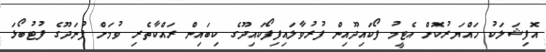
އޮފިޝަލަކު ހައްޔަރުކޮށް އެޓީމު ފޯކައިދޫއިން ފުރުވާލައިފިފޯކައިދޫގެ ކިބައިން ރައްކާތެރި ވުމަށް ފުނަދޫގެ ފުޓުބޯޅަ